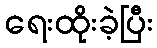
ရေးထိုးခဲ့ပြီး